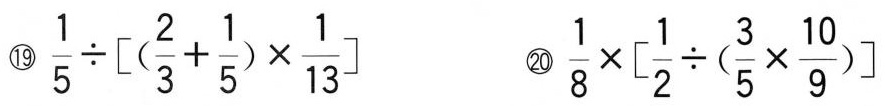
⑲$$\frac{1}{5}\div \left[(\frac{2}{3}+ \frac{1}{5})\times \frac{1}{13}\right]$$ ⑳$$\frac{1}{8}\times \left[ \frac{1}{2}\div (\frac{3}{5}\times \frac{10}{9})\right]$$